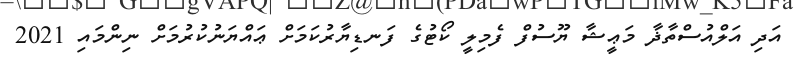
އަދި އަލްއުސްތާޛާ މަޢީޝާ ޔޫސުފް ފެމިލީ ކޯޓުގެ ފަނޑިޔާރުކަމަށް ޢައްޔަނުކުރުމަށް ނިންމައި 2021